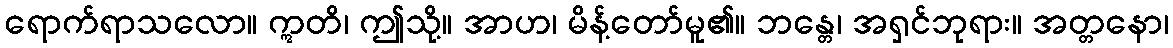
ရောက်ရာသလော။ ဣတိ၊ ဤသို့။ အာဟ၊ မိန့်တော်မူ၏။ ဘန္တေ၊ အရှင်ဘုရား။ အတ္တနော၊